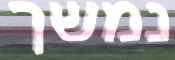
נמשך